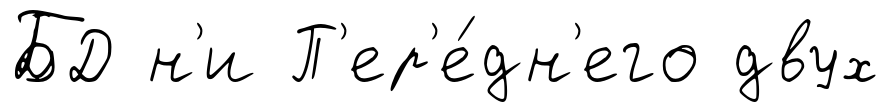
БД н'и П'ер'е́дн'его двух